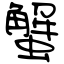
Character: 蟹